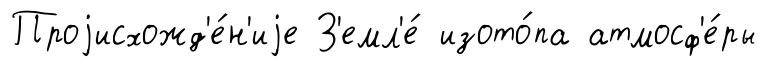
Проjисхожд'е́н'иjе З'емл'е́ изото́па атмосф'е́ры